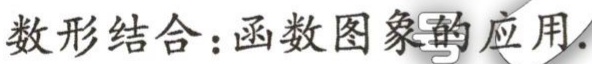
数形结合：函数图象的应用.